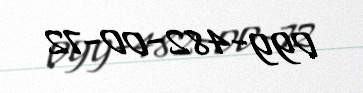
099-482-00-72